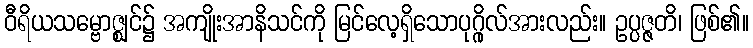
ဝီရိယသမ္ဗောဇ္ဈင်၌ အကျိုးအာနိသင်ကို မြင်လေ့ရှိသောပုဂ္ဂိုလ်အားလည်း။ ဥပ္ပဇ္ဇတိ၊ ဖြစ်၏။